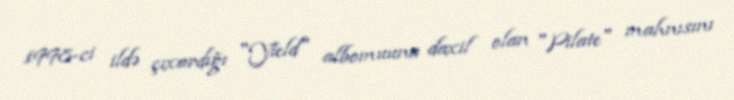
1998-ci ildə çıxardığı "Yield" albomuuna daxil olan "Pilate" mahnısını